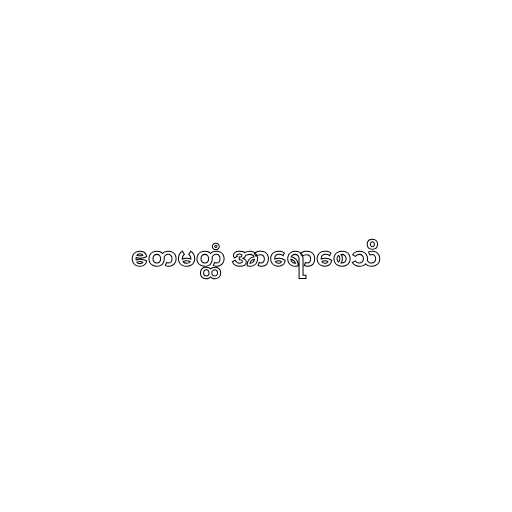
ဧတမတ္ထံ အာရောစေသိ